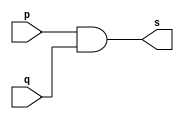
// ------------------------- 
// Exemplo0003 - AND 
// Nome: Leonardo Machado Decina	 
// ------------------------- 
// ------------------------- 
// -- and gate 
// ------------------------- 
module andgate ( output s, 
input p, 
input q); 
assign s = p & q; 
endmodule // andgate 
// --------------------- 
// -- test and gate 
// --------------------- 
module testandgate; 
// ------------------------- dados locais 
reg a, b; // definir registradores 
wire s; // definir conexao (fio) 
// ------------------------- instancia 
andgate AND1 (s, a, b); 
// ------------------------- preparacao 
initial begin:start 
// atribuicao simultanea 
// dos valores iniciais 
a=0; b=0; 
end 
// ------------------------- parte principal 
initial begin 
$display("Exemplo0003 - Leonardo Machado Decina - 45158"); 
$display("Test AND gate"); 
$display("\na & b = s\n"); 
a=0; b=0; 
#1 $display("%b & %b = %b", a, b, s); 
a=0; b=1; 
#1 $display("%b & %b = %b", a, b, s); 
a=1; b=0; 
#1 $display("%b & %b = %b", a, b, s); 
a=1; b=1; 
#1 $display("%b & %b = %b", a, b, s); 
end 
endmodule // testandgate